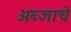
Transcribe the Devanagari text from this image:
अब्जाचे